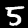
Label: 5